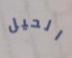
الحيل